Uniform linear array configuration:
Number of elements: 48
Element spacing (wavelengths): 1
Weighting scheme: kaiser
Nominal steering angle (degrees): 15
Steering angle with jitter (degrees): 15.272
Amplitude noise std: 0.05
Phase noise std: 0.05

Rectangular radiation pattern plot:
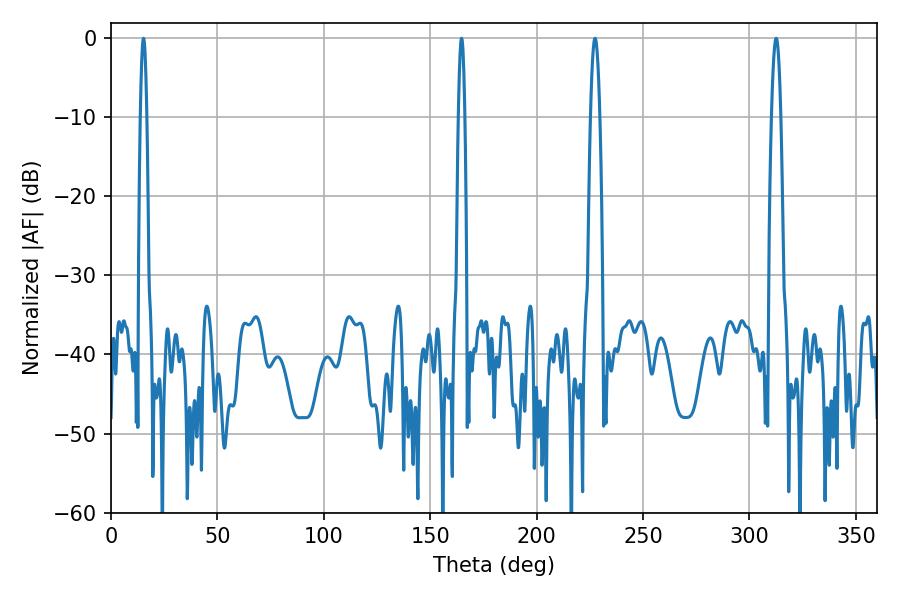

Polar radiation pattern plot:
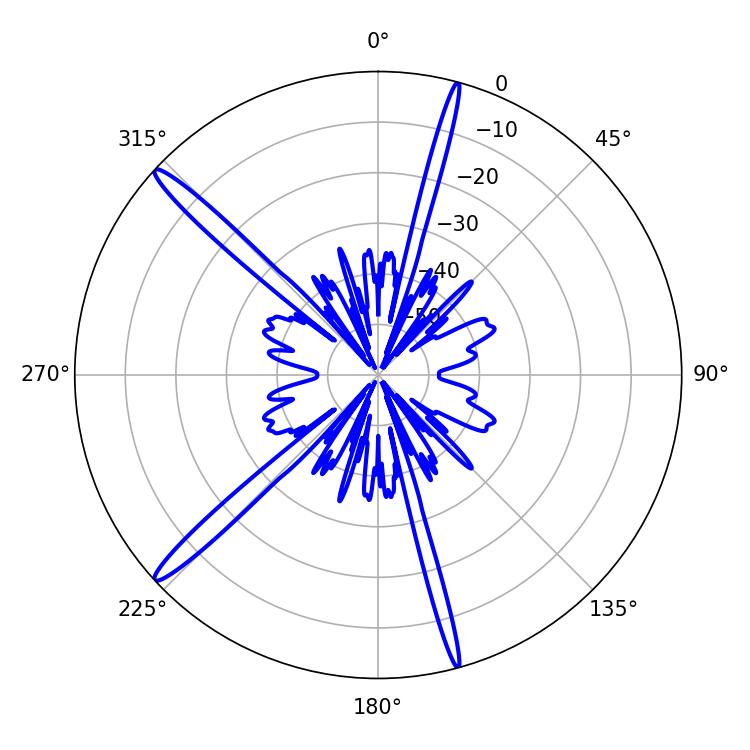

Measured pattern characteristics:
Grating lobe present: TRUE
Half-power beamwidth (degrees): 1.62
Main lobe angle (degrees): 15.3